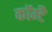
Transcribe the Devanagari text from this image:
कॉम्टै